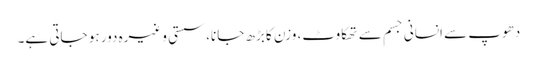
دھوپ سے انسانی جسم سے تھکاوٹ، وزن کا بڑھ جانا، سستی وغیرہ دور ہو جاتی ہے۔